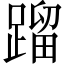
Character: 蹓